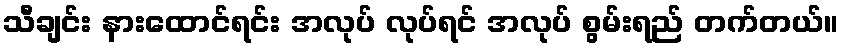
သီချင်း နားထောင်ရင်း အလုပ် လုပ်ရင် အလုပ် စွမ်းရည် တက်တယ်။